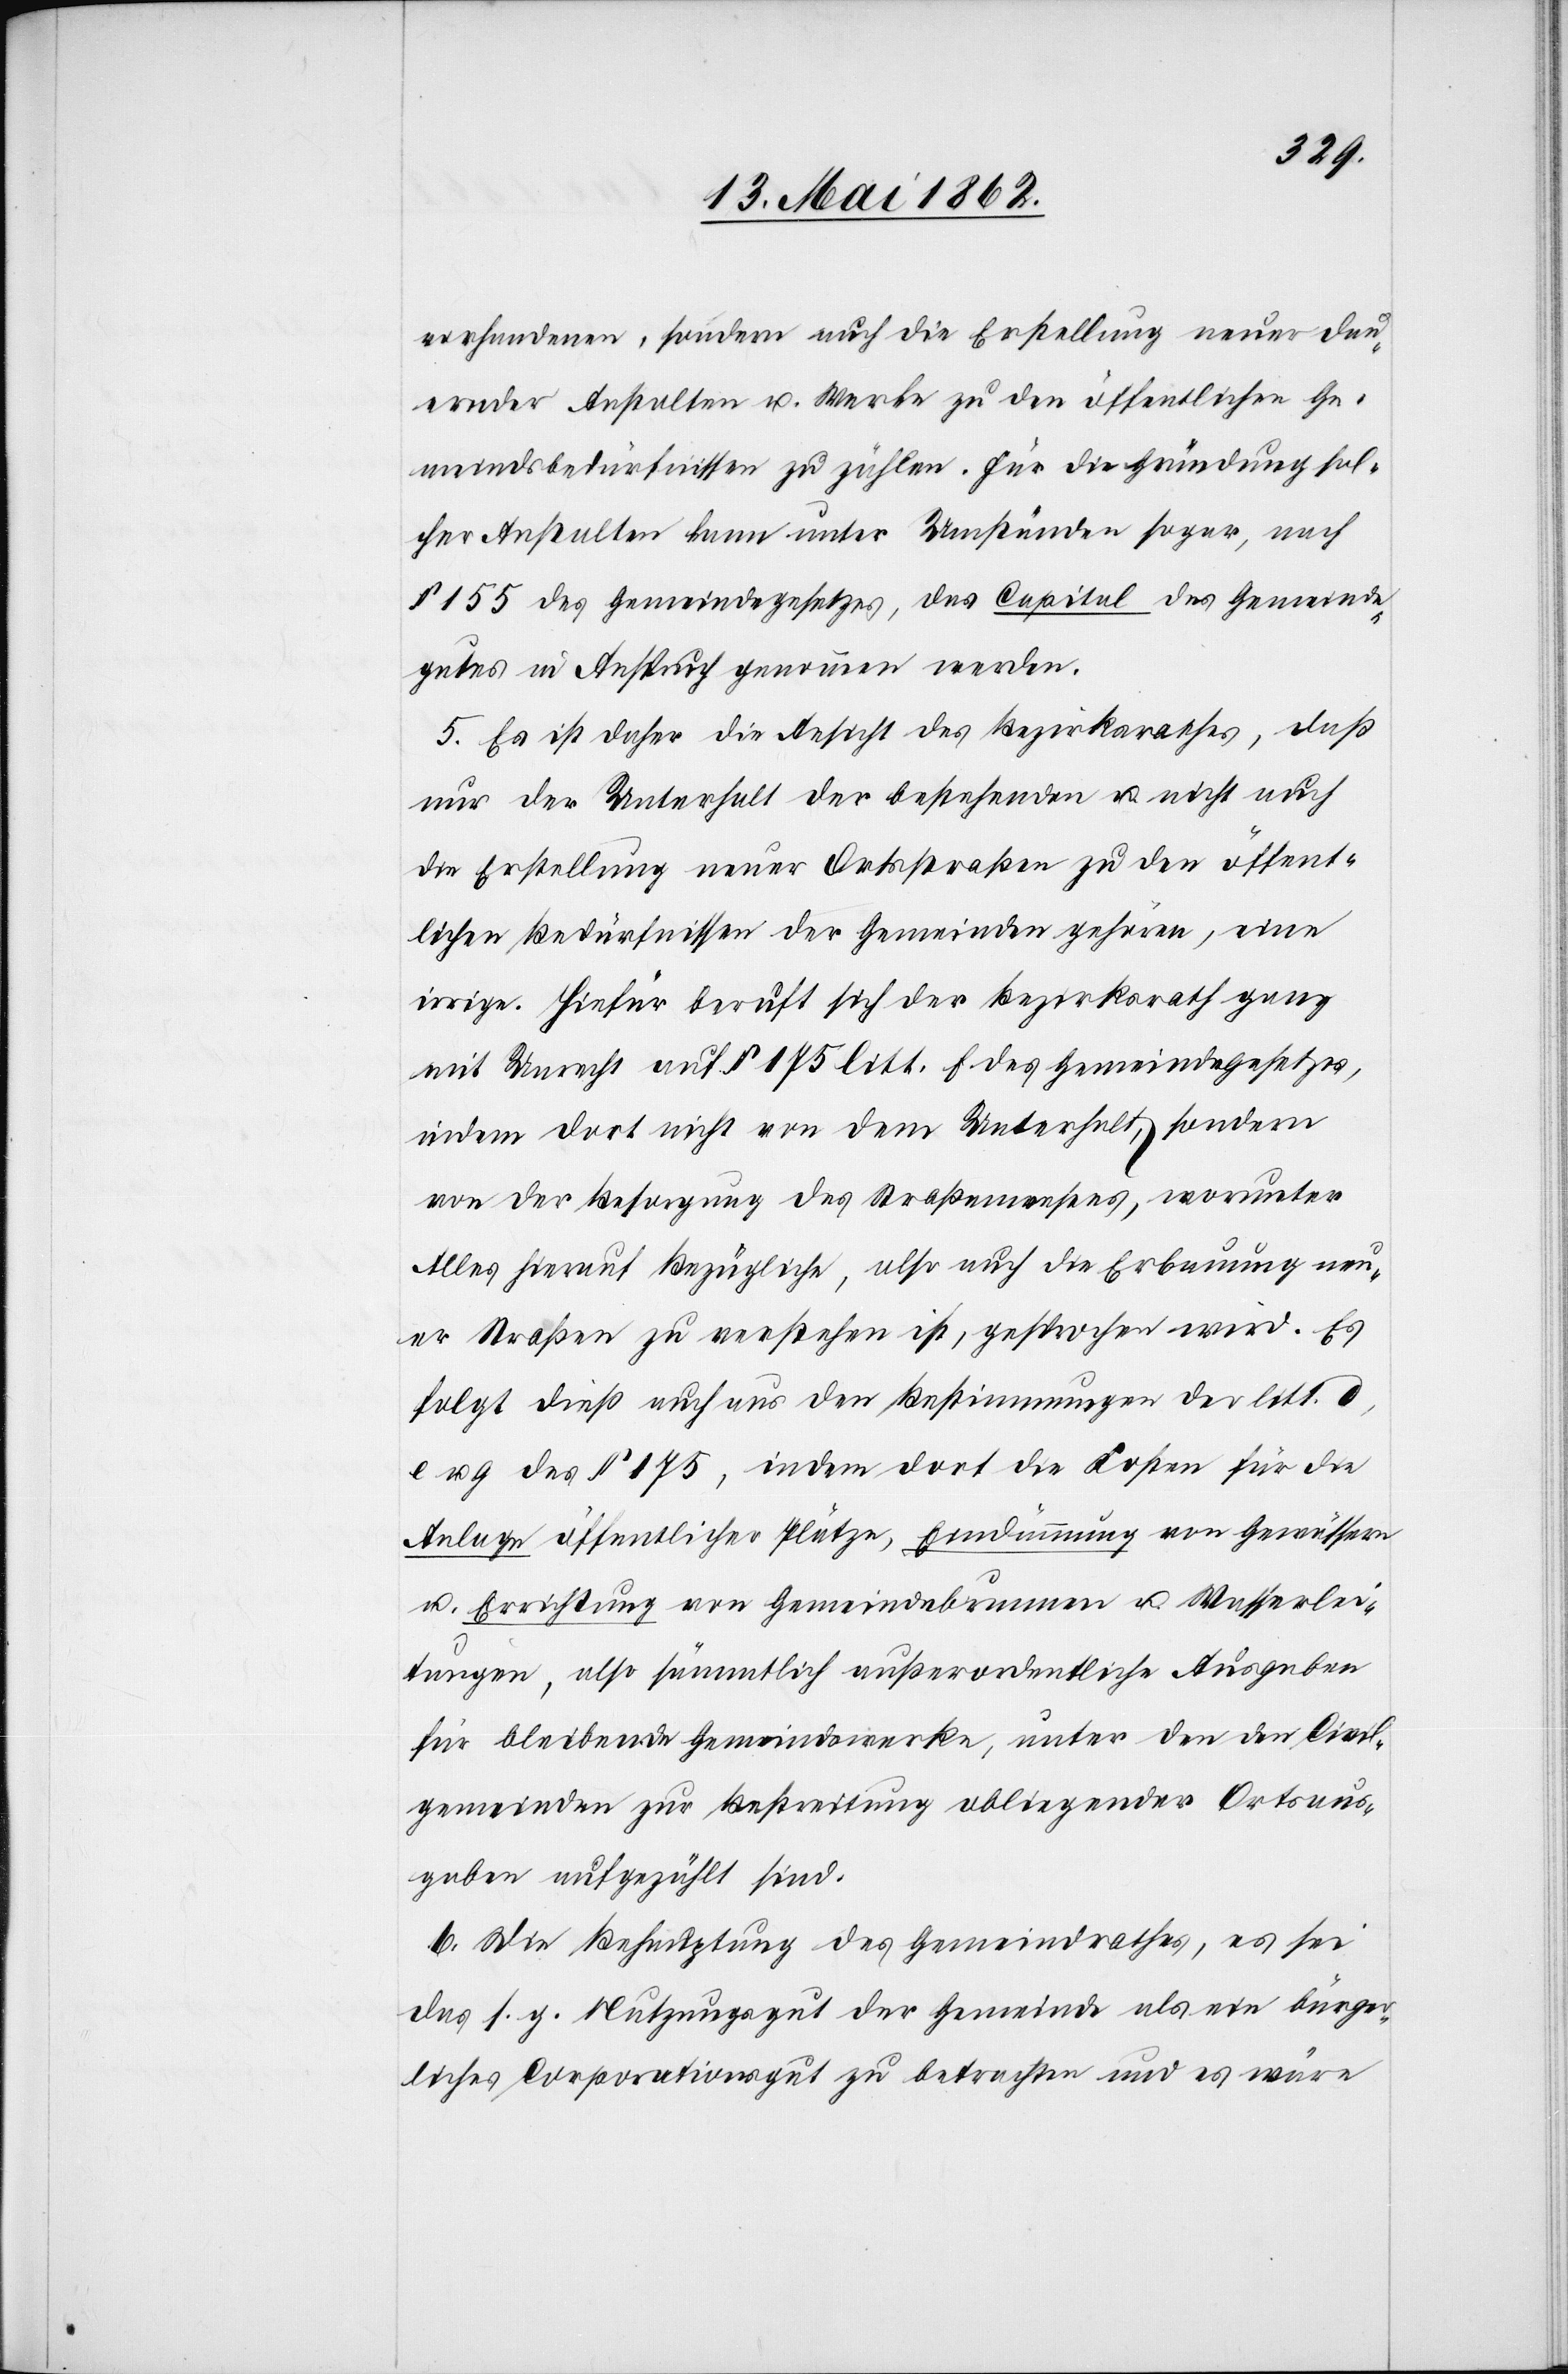
vorhandenen, sonder auch die Erstellung neuer dau¬
ernder Anstalten u. Werke zu den öffentlichen Ge¬
meindsbedürfnissen zu zählen. Für die Gründung folge¬
nder Anstalten kann unter Umständen sogar, nach
§ 155 des Gemeindegesetzes, das Capital des Gemeinde¬
gutes in Anspruch genommen werden.
5. Es ist daher die Ansicht des Bezirksrathes, daß
nur der Unterhalt der bestehenden u. nicht auch
die Erstellung neuer Ortsstraßen zu den öffent¬
lichen Bedürfnissen der Gemeinden gehören, eine
irrige. Hiefür beruft sich der Bezirksrath ganz
mit Unrecht auf § 175 litt. f. des Gemeindegesetzes,
indem dort nicht von dem Unterhalt, sondern
von der Besorgung des Straßenwesens, worunter
Alles hierauf Bezügliche, also auch die Erbauung neu¬
er Straßen zu verstehen ist, gesprochen wird. Es
folgt dieß auch aus den Bestimmungen der litt. d,
u. g. des § 175, indem dort die Kosten für die
Anlage öffentlicher Plätze, Eindämmung von Gewässern
u. Errichtung von Gemeindebrunnen u. Wasserlei¬
tungen, also sämmtliche außerordentliche Ausgaben
für bleibende Gemeindswerke, unter den den Civil¬
gemeinden zur Bestreitung obliegender Ortsaus¬
gaben aufgezählt sind.
6. Die Behauptung des Gemeindrathes, es sei
das s. g. Nutzungsgut der Gemeinde als ein bürger¬
liches Corporationsgut zu betrachten und es wäre